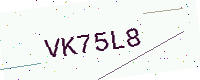
Text: VK75L8